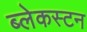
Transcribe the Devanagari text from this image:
ब्लेकस्टन